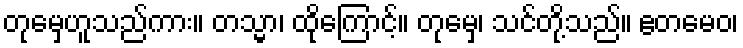
တုမှေဟူသည်ကား။ တသ္မာ၊ ထိုကြောင့်။ တုမှေ၊ သင်တို့သည်။ ဧတမေဝ၊